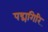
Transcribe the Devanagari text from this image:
पद्मगिरि